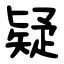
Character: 疑